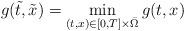
LaTeX: \begin{align*}g(\tilde{t},\tilde{x})=\displaystyle\min_{(t, x)\in[0,T]\times{\bar\Omega}}g(t, x)\end{align*}